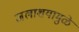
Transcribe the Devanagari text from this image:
जलाशयामुळे